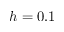
h = 0 . 1